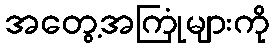
အတွေ့အကြုံများကို